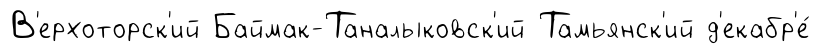
В'ерхоторск'ий Баймак-Таналыковск'ий Тамьянск'ий д'екабр'е́